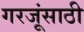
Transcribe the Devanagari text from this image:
गरजूंसाठी